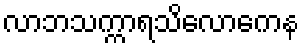
လာဘသက္ကာရသိလောကေန